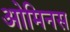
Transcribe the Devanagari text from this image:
ओमिनस